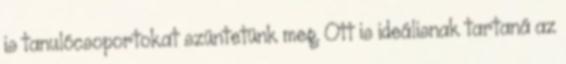
is tanulócsoportokat szüntetünk meg. Ott is ideálisnak tartaná az